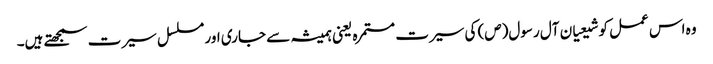
وہ اس عمل کو شیعیان آل رسول(ص) کی سیرت مستمرہ یعنی ہمیشہ سے جاری اور مسلسل سیرت سمجھتے ہیں۔